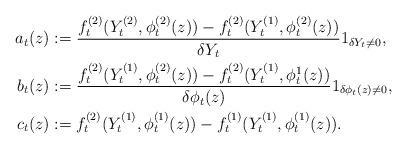
LaTeX: \begin{align*}a_t(z) &:= \frac{f^{(2)}_t(Y^{(2)}_t,\phi^{(2)}_t(z) )-f^{(2)}_t(Y^{(1)}_t,\phi^{(2)}_t(z))}{\delta Y_t} {1}_{\delta Y_t\neq0},\\b_t(z) & :=\frac{f^{(2)}_t(Y^{(1)}_t,\phi^{(2)}_t(z)) - f^{(2)}_t(Y^{(1)}_t,\phi^{1}_t(z))}{ \delta \phi_t(z) }{1}_{\delta \phi_t(z)\neq0},\\c_t(z) &:= f^{(2)}_t(Y^{(1)}_t, \phi^{(1)}_t(z))-f^{(1)}_t(Y^{(1)}_t, \phi^{(1)}_t(z)).\end{align*}